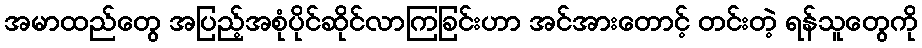
အမာထည်တွေ အပြည့်အစုံပိုင်ဆိုင်လာကြခြင်းဟာ အင်အားတောင့် တင်းတဲ့ ရန်သူတွေကို